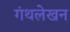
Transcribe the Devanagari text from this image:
गंथलेखन